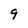
Character: 9